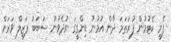
ފެރީ ކެޓުމުން ފުރަތަމަ ދާން އުޅުނު ޑިންގީގަ ނުދެވުނު ސަބަބު ފަޒީލް ވަރަށް